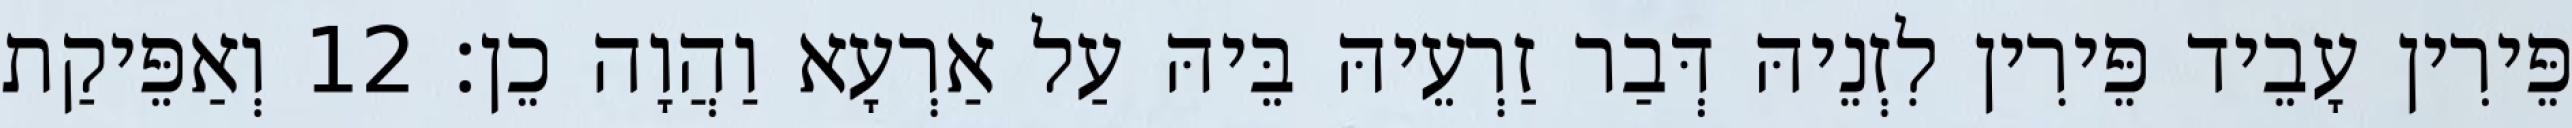
פֵּירִין עָבֵיד פֵּירִין לִזְנֵיהּ דְּבַר זַרְעֵיהּ בֵּיהּ עַל אַרְעָא וַהֲוָה כֵן׃ 12 וְאַפֵּיקַת